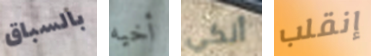
بالسباق أخيه أنكي إنقلب